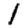
Digit: 1